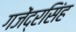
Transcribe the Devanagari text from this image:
गजेंद्रसिंह